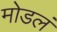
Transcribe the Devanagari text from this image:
मोडलं